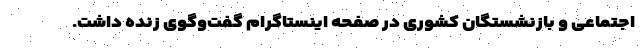
اجتماعی و بازنشستگان کشوری در صفحه اینستاگرام گفت‌وگوی زنده داشت.